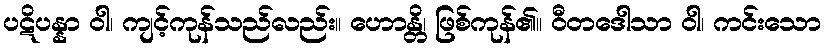
ပဋိပန္နာ ဝါ၊ ကျင့်ကုန်သည်လည်း။ ဟောန္တိ၊ ဖြစ်ကုန်၏။ ဝီတဒေါသာ ဝါ၊ ကင်းသော